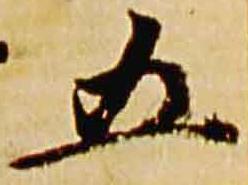
五